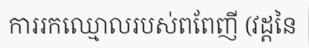
ការរកឈ្មោលរបស់ពពែញី (វដ្តនៃ